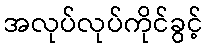
အလုပ်လုပ်ကိုင်ခွင့်